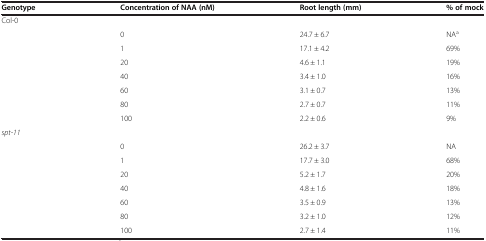
| Genotype | Concentration of NAA (nM) | Root length (mm) | % of mock |
 | --- | --- | --- | --- |
 | Col-0 |  |  |  |
 |  | 0 | 24.7 ± 6.7 | NAa |
 |  | 1 | 17.1 ± 4.2 | 69% |
 |  | 20 | 4.6 ± 1.1 | 19% |
 |  | 40 | 3.4 ± 1.0 | 16% |
 |  | 60 | 3.1 ± 0.7 | 13% |
 |  | 80 | 2.7 ± 0.7 | 11% |
 |  | 100 | 2.2 ± 0.6 | 9% |
 | spt-11 |  |  |  |
 |  | 0 | 26.2 ± 3.7 | NA |
 |  | 1 | 17.7 ± 3.0 | 68% |
 |  | 20 | 5.2 ± 1.7 | 20% |
 |  | 40 | 4.8 ± 1.6 | 18% |
 |  | 60 | 3.5 ± 0.9 | 13% |
 |  | 80 | 3.2 ± 1.0 | 12% |
 |  | 100 | 2.7 ± 1.4 | 11% |